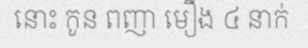
នោះ កូន ពញា មឿង ៤ នាក់